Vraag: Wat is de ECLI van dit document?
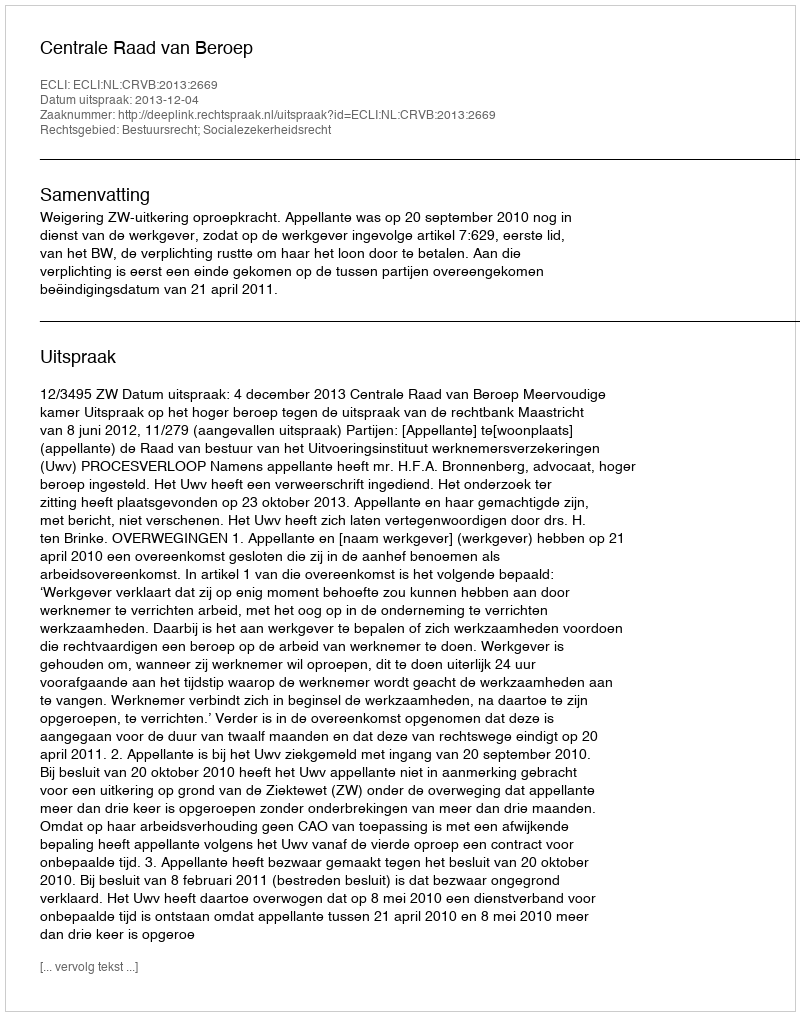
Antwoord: ECLI:NL:CRVB:2013:2669